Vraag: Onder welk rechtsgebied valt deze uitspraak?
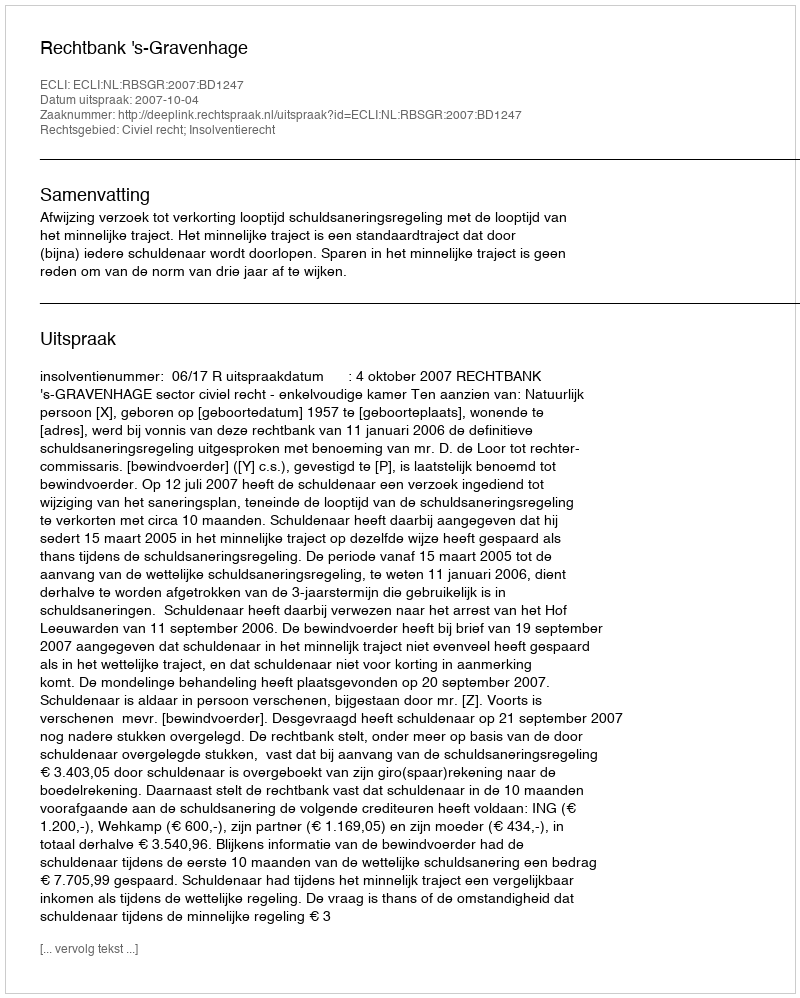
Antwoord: Civiel recht; Insolventierecht